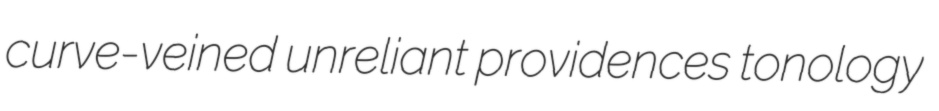
curve-veined unreliant providences tonology